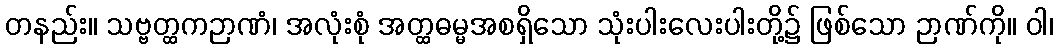
တနည်း။ သဗ္ဗတ္ထကဉာဏံ၊ အလုံးစုံ အတ္ထဓမ္မအစရှိသော သုံးပါးလေးပါးတို့၌ ဖြစ်သော ဉာဏ်ကို။ ဝါ၊